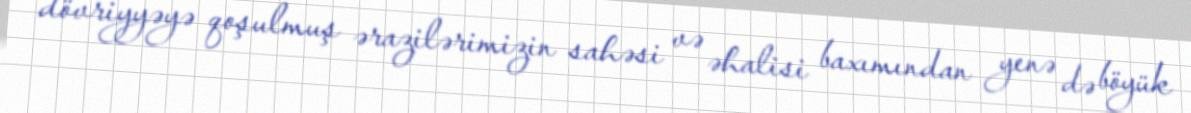
dövriyyəyə qoşulmuş ərazilərimizin sahəsi və əhalisi baxımından yenə də böyük